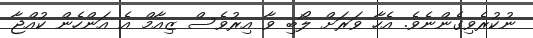
ނުކުރެވިގެންނެވެ. އެހާ ވަރަށް ލޯބި ވާ އިރުވެސް ޒިއާމް އެ އަންހެން ކުއްޖާ